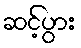
ဆင့်ပွား